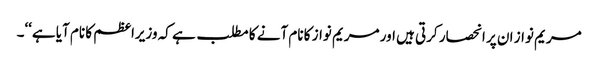
مریم نواز ان پر انحصار کرتی ہیں اور مریم نواز کا نام آنے کا مطلب ہے کہ وزیراعظم کا نام آیا ہے‘‘۔